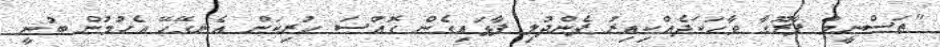
"ތަސްނީމް ފާރޫގާ ވާހަކަދެއްކިއިރު ފެންދުލި ފާޅައިގެން ގޮއްސަ ހުރިކަން އެނގޭހޭ އެހުމުން ބުނީ